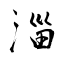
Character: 淄